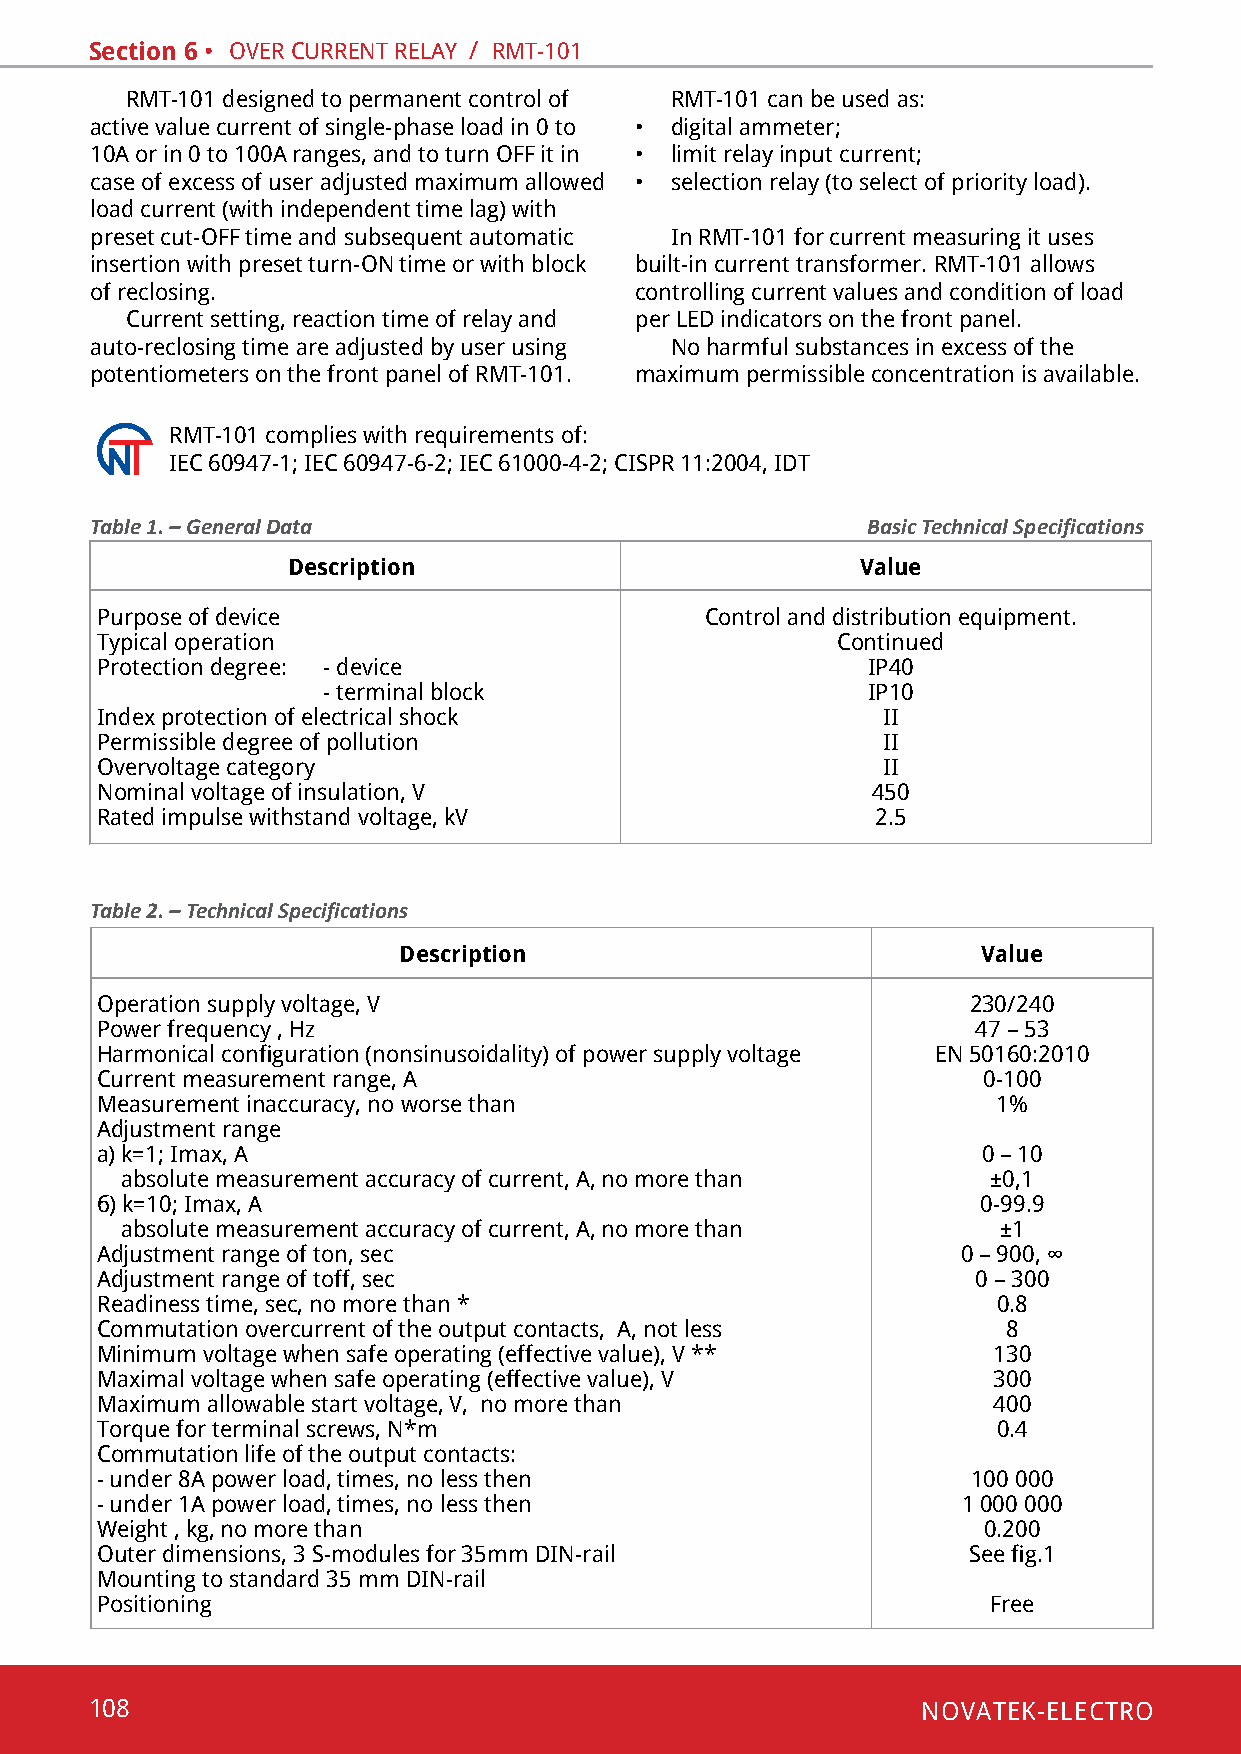
Section 6 • oveR cuRRent RelaY / Rmt-101
 Rmt-101 designed to permanent control of Rmt-101 can be used as:
 active value current of single-phase load in 0 to • digital ammeter;
 10a or in 0 to 100a ranges, and to turn off it in • limit relay input current;
 case of excess of user adjusted maximum allowed • selection relay (to select of priority load).
 load current (with independent time lag) with
 preset cut-off time and subsequent automatic in Rmt-101 for current measuring it uses
 insertion with preset turn-on time or with block built-in current transformer. Rmt-101 allows
 of reclosing.                       controlling current values and condition of load
 current setting, reaction time of relay and per led indicators on the front panel.
 auto-reclosing time are adjusted by user using No harmful substances in excess of the
 potentiometers on the front panel of Rmt-101. maximum permissible concentration is available.
 Rmt-101 complies with requirements of:
 iec 60947-1; iec 60947-6-2; iec 61000-4-2; cispR 11:2004, idt
 Table 1. – General Data                            Basic Technical Specifications
 Description                           Value
 purpose of device                        control and distribution equipment.
 typical operation                                continued
 protection degree: - device                        ip40
 - terminal block                    ip10
 Index protection of electrical shock                ii
 permissible degree of pollution                     ii
 overvoltage category                                ii
 nominal voltage of insulation, v                    450
 Rated impulse withstand voltage, kv                 2.5
 Table 2. – Technical Specifications
 Description                            Value
 operation supply voltage, v                               230/240
 power frequency , hz                                       47 – 53
 Harmonical configuration (nonsinusoidality) of power supply voltage en 50160:2010
 Current measurement range, А                               0-100
 measurement inaccuracy, no worse than                       1%
 adjustment range
 а) k=1; Imax, А                                            0 – 10
 absolute measurement accuracy of current, a, no more than ±0,1
 б) k=10; Imax, A                                           0-99.9
 absolute measurement accuracy of current, a, no more than ±1
 adjustment range of ton, sec                              0 – 900, ∞
 adjustment range of toff, sec                              0 – 300
 Readiness time, sec, no more than *                         0.8
 Commutation overcurrent of the output contacts, А, not less  8
 Minimum voltage when safe operating (effective value), V ** 130
 Maximal voltage when safe operating (effective value), V    300
 Maximum allowable start voltage, V, no more than            400
 Torque for terminal screws, N*m                             0.4
 commutation life of the output contacts:
 - under 8a power load, times, no less then                100 000
 - under 1a power load, times, no less then                1 000 000
 Weight , kg, no more than                                  0.200
 outer dimensions, 3 s-modules for 35mm din-rail           See fig.1
 mounting to standard 35 mm din-rail
 positioning                                                free
 108                                                    NOVATEK-ELECTRO